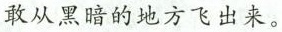
敢从黑暗的地方飞出来。